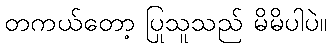
တကယ်တော့ ပြုသူသည် မိမိပါပဲ။